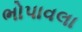
ભોપાવલા